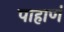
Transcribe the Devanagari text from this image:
पाहाणं